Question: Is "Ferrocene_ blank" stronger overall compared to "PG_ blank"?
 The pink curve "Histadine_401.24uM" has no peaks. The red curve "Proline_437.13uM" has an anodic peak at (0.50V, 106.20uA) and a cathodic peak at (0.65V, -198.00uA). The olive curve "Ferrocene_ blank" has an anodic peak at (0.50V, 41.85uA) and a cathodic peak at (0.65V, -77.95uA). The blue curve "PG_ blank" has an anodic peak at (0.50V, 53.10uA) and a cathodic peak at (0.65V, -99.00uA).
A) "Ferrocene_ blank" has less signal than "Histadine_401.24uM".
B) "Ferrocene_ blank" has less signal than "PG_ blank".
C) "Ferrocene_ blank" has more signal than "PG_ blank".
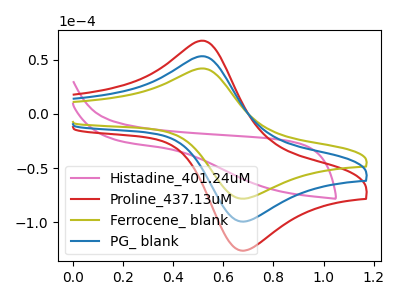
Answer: <think>All the peaks in "Ferrocene_ blank" have a peak in "PG_ blank" at the same potential. Every peak in "Ferrocene_ blank" is lower than every peak in "PG_ blank".
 </think>
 <answer>B) "Ferrocene_ blank" has less signal than "PG_ blank".</answer>
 <eval>B</eval>